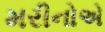
મરીનોએ